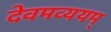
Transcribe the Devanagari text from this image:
देवमव्ययम्